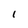
Character: I